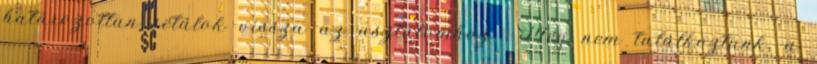
határozottan sétálok vissza az asztalomhoz. -Még nem találkoztunk, a